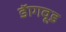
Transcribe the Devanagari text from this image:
डॅागवूड